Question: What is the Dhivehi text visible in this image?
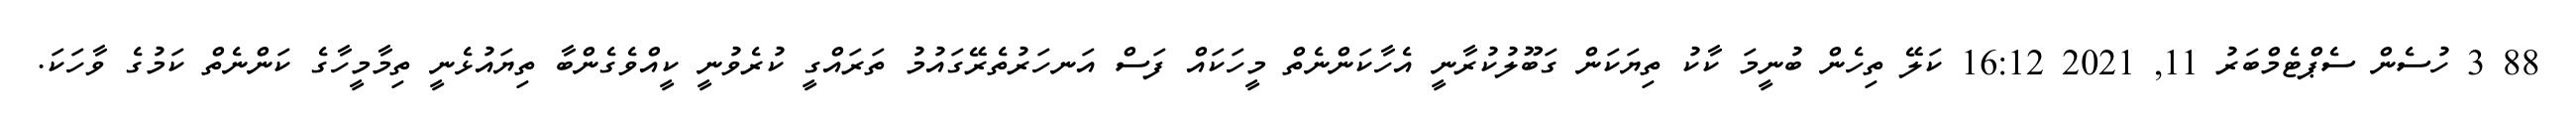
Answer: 88 3 ހުސެން ސެޕްޓެމްބަރު 11, 2021 16:12 ކަލޭ ތިހެން ބުނީމަ ކާކު ތިޔަކަން ގަބޫލުކުރާނީ އެހާކަންނެތް މީހަކައް ފަސް އަނހަރުތެރޭގައުމު ތަރައްގީ ކުރެވުނީ ކީއްވެގެންބާ ތިޔައުޅެނީ ތިމާމީހާގެ ކަންނެތް ކަމުގެ ވާހަކަ.